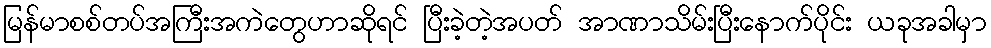
မြန်မာစစ်တပ်အကြီးအကဲတွေဟာဆိုရင် ပြီးခဲ့တဲ့အပတ် အာဏာသိမ်းပြီးနောက်ပိုင်း ယခုအခါမှာ